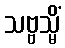
သဗ္ဗသ္မိံ